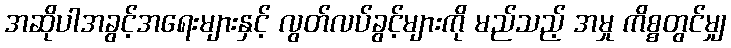
အဆိုပါအခွင့်အရေးများနှင့် လွတ်လပ်ခွင့်များကို မည်သည့် အမှု ကိစ္စတွင်မျှ